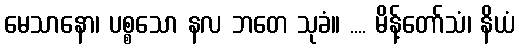
မေသာနော၊ ပစ္စသော နလ ဘတေ သုခံ။ .... မိန့်တော်သံ၊ နိယံ